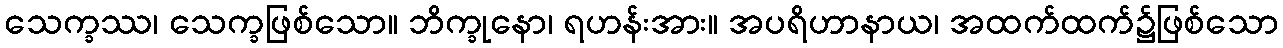
သေက္ခဿ၊ သေက္ခဖြစ်သော။ ဘိက္ခုနော၊ ရဟန်းအား။ အပရိဟာနာယ၊ အထက်ထက်၌ဖြစ်သော